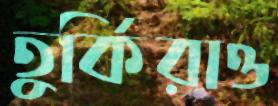
তুর্কিরাও